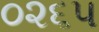
૦૨૬૫